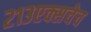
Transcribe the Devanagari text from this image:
२१३एक्सचेच